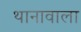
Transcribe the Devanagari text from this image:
थानावाला